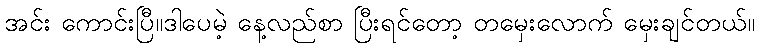
အင်း ကောင်းပြီ။ဒါပေမဲ့ နေ့လည်စာ ပြီးရင်တော့ တမှေးလောက် မှေးချင်တယ်။